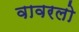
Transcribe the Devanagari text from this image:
वावरलो